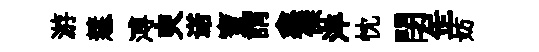
游慧溥㬰诺寶謂鑫傑洋忱閉𦈢妨